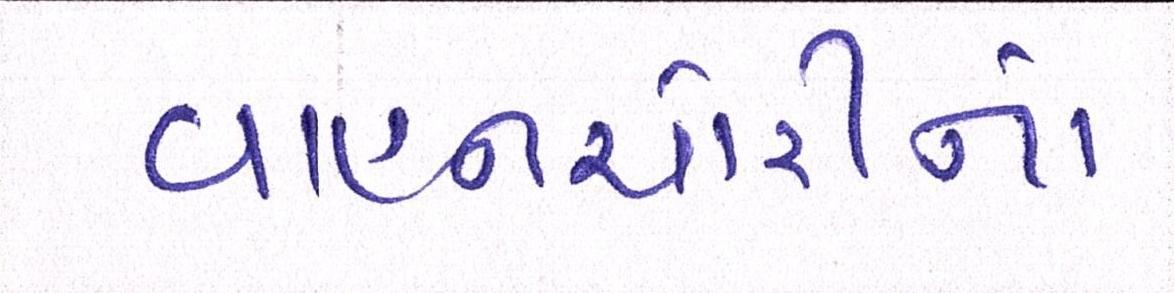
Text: વાહનચોરીનો